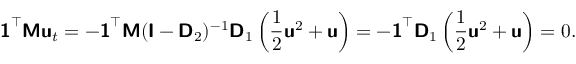
\mathbf { \boldsymbol { \mathsf { 1 } } } ^ { \top } \mathbf { \boldsymbol { \mathsf { M } } } \mathbf { \boldsymbol { \mathsf { u } } } _ { t } = - \mathbf { \boldsymbol { \mathsf { 1 } } } ^ { \top } \mathbf { \boldsymbol { \mathsf { M } } } ( \mathbf { \boldsymbol { \mathsf { I } } } - \mathbf { \boldsymbol { \mathsf { D } } } _ { 2 } ) ^ { - 1 } \mathbf { \boldsymbol { \mathsf { D } } } _ { 1 } \left( \frac { 1 } { 2 } \mathbf { \boldsymbol { \mathsf { u } } } ^ { 2 } + \mathbf { \boldsymbol { \mathsf { u } } } \right) = - \mathbf { \boldsymbol { \mathsf { 1 } } } ^ { \top } \mathbf { \boldsymbol { \mathsf { D } } } _ { 1 } \left( \frac { 1 } { 2 } \mathbf { \boldsymbol { \mathsf { u } } } ^ { 2 } + \mathbf { \boldsymbol { \mathsf { u } } } \right) = 0 .